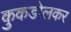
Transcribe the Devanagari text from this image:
कुकडोलकर